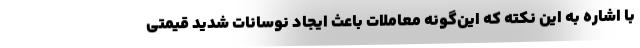
با اشاره به این نکته که این‌گونه معاملات باعث ایجاد نوسانات شدید قیمتی